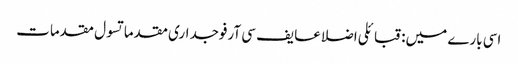
اسی بارے میں: قبائلی اضلاعایف سی آرفوجداری مقدماتسول مقدمات